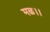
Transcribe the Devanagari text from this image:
मळ।।